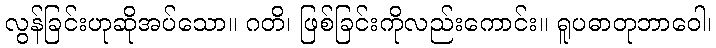
လွန်ခြင်းဟုဆိုအပ်သော။ ဂတိ၊ ဖြစ်ခြင်းကိုလည်းကောင်း။ ရူပဓာတုဘာဝေါ၊